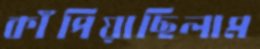
কাঁপিয়াছিলাম